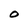
Character: O